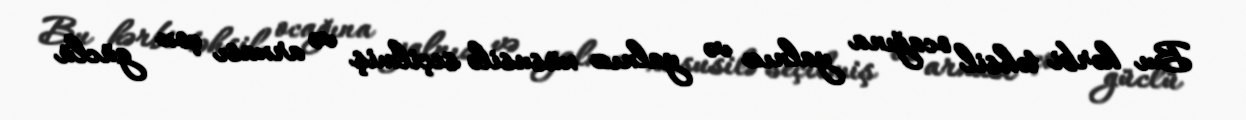
Bu hərbi təhsil ocağına yalnız və yalnız xüsusilə seçilmiş və arxası çox güclü